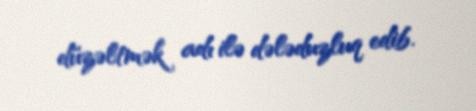
düzəltmək adı ilə dələduzluq edib.